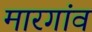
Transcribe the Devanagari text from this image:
मारगांव